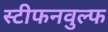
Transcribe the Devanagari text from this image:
स्टीफनवुल्फ